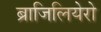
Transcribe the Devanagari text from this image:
ब्राजिलियेरो